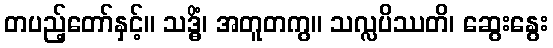
တပည့်တော်နှင့်။ သဒ္ဓိံ၊ အတူတကွ။ သလ္လပိဿတိ၊ ဆွေးနွေး